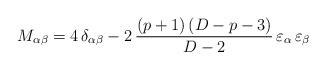
LaTeX: \begin{align*}M_{\alpha \beta}= 4 \, \delta_{\alpha \beta} - 2 \, \frac{(p+1) \, (D-p-3)} {D-2} \, \varepsilon_\alpha \, \varepsilon_\beta \end{align*}